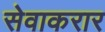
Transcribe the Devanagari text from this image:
सेवाकरार